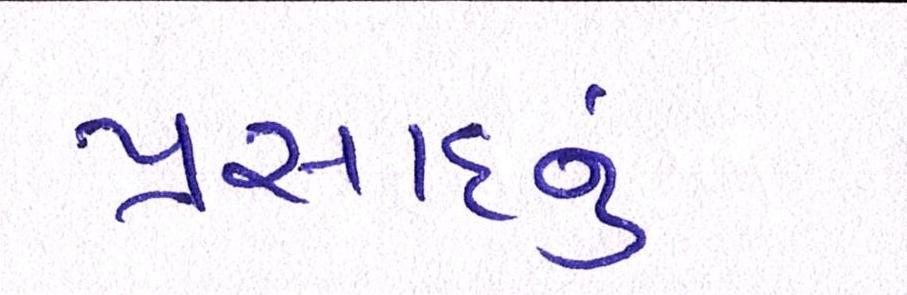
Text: પ્રસાદનું